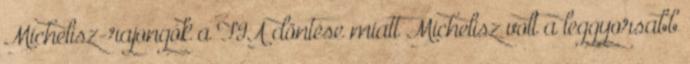
Michelisz-rajongók a FIA döntése miatt Michelisz volt a leggyorsabb